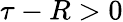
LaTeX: \tau-R>0